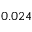
0 . 0 2 4